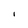
Character: i